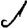
Digit: 1